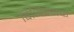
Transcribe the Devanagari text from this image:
विभिन्नक